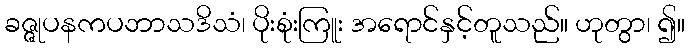
ခဇ္ဇုပနကပဘာသဒိသံ၊ ပိုးစုံးကြူး အရောင်နှင့်တူသည်။ ဟုတွာ၊ ၍။